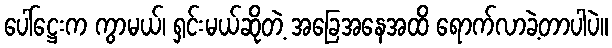
ပေါ်ဋ္ဌေးက ကွာမယ်၊ ရှင်းမယ်ဆိုတဲ့ အခြေအနေအထိ ရောက်လာခဲ့တာပါပဲ။